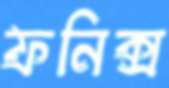
ফনিক্স